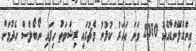
އިންގްލޭންޑާއެކު 2010 ވަނަ އަހަރު ކުޅުނު މެޗުގައި ރިޝްވަތު ހިފައި ނޯބޯލްސް ހެދުމަށް